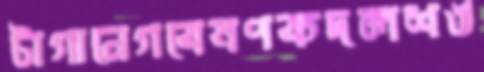
টাগানেগবেষণকদলশঙ